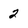
Character: 2